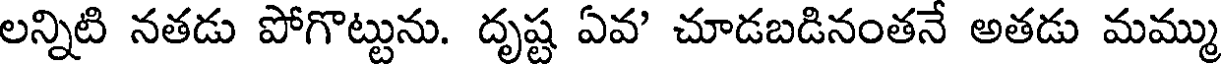
లన్నిటి నతడు పోగొట్టును. దృష్ట ఏవ' చూడబడినంతనే అతడు మమ్ము